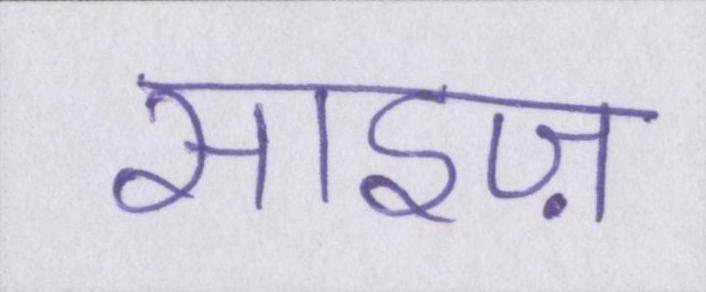
साइज़